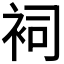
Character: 𧙈